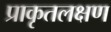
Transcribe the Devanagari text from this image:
प्राकृतलक्षण